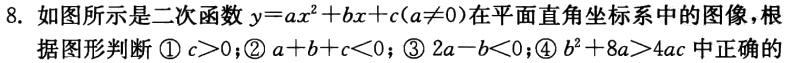
8. 如图所示是二次函数$y = ax^{2}+bx + c(a\neq0)$在平面直角坐标系中的图像，根据图形判断\textcircled{1}$c>0$；\textcircled{2}$a + b + c<0$；\textcircled{3}$2a - b<0$；\textcircled{4}$b^{2}+8a>4ac$中正确的